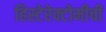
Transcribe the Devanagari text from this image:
हिस्टेरेक्टोमीची